Trukikaitis_Postimees, lk 21
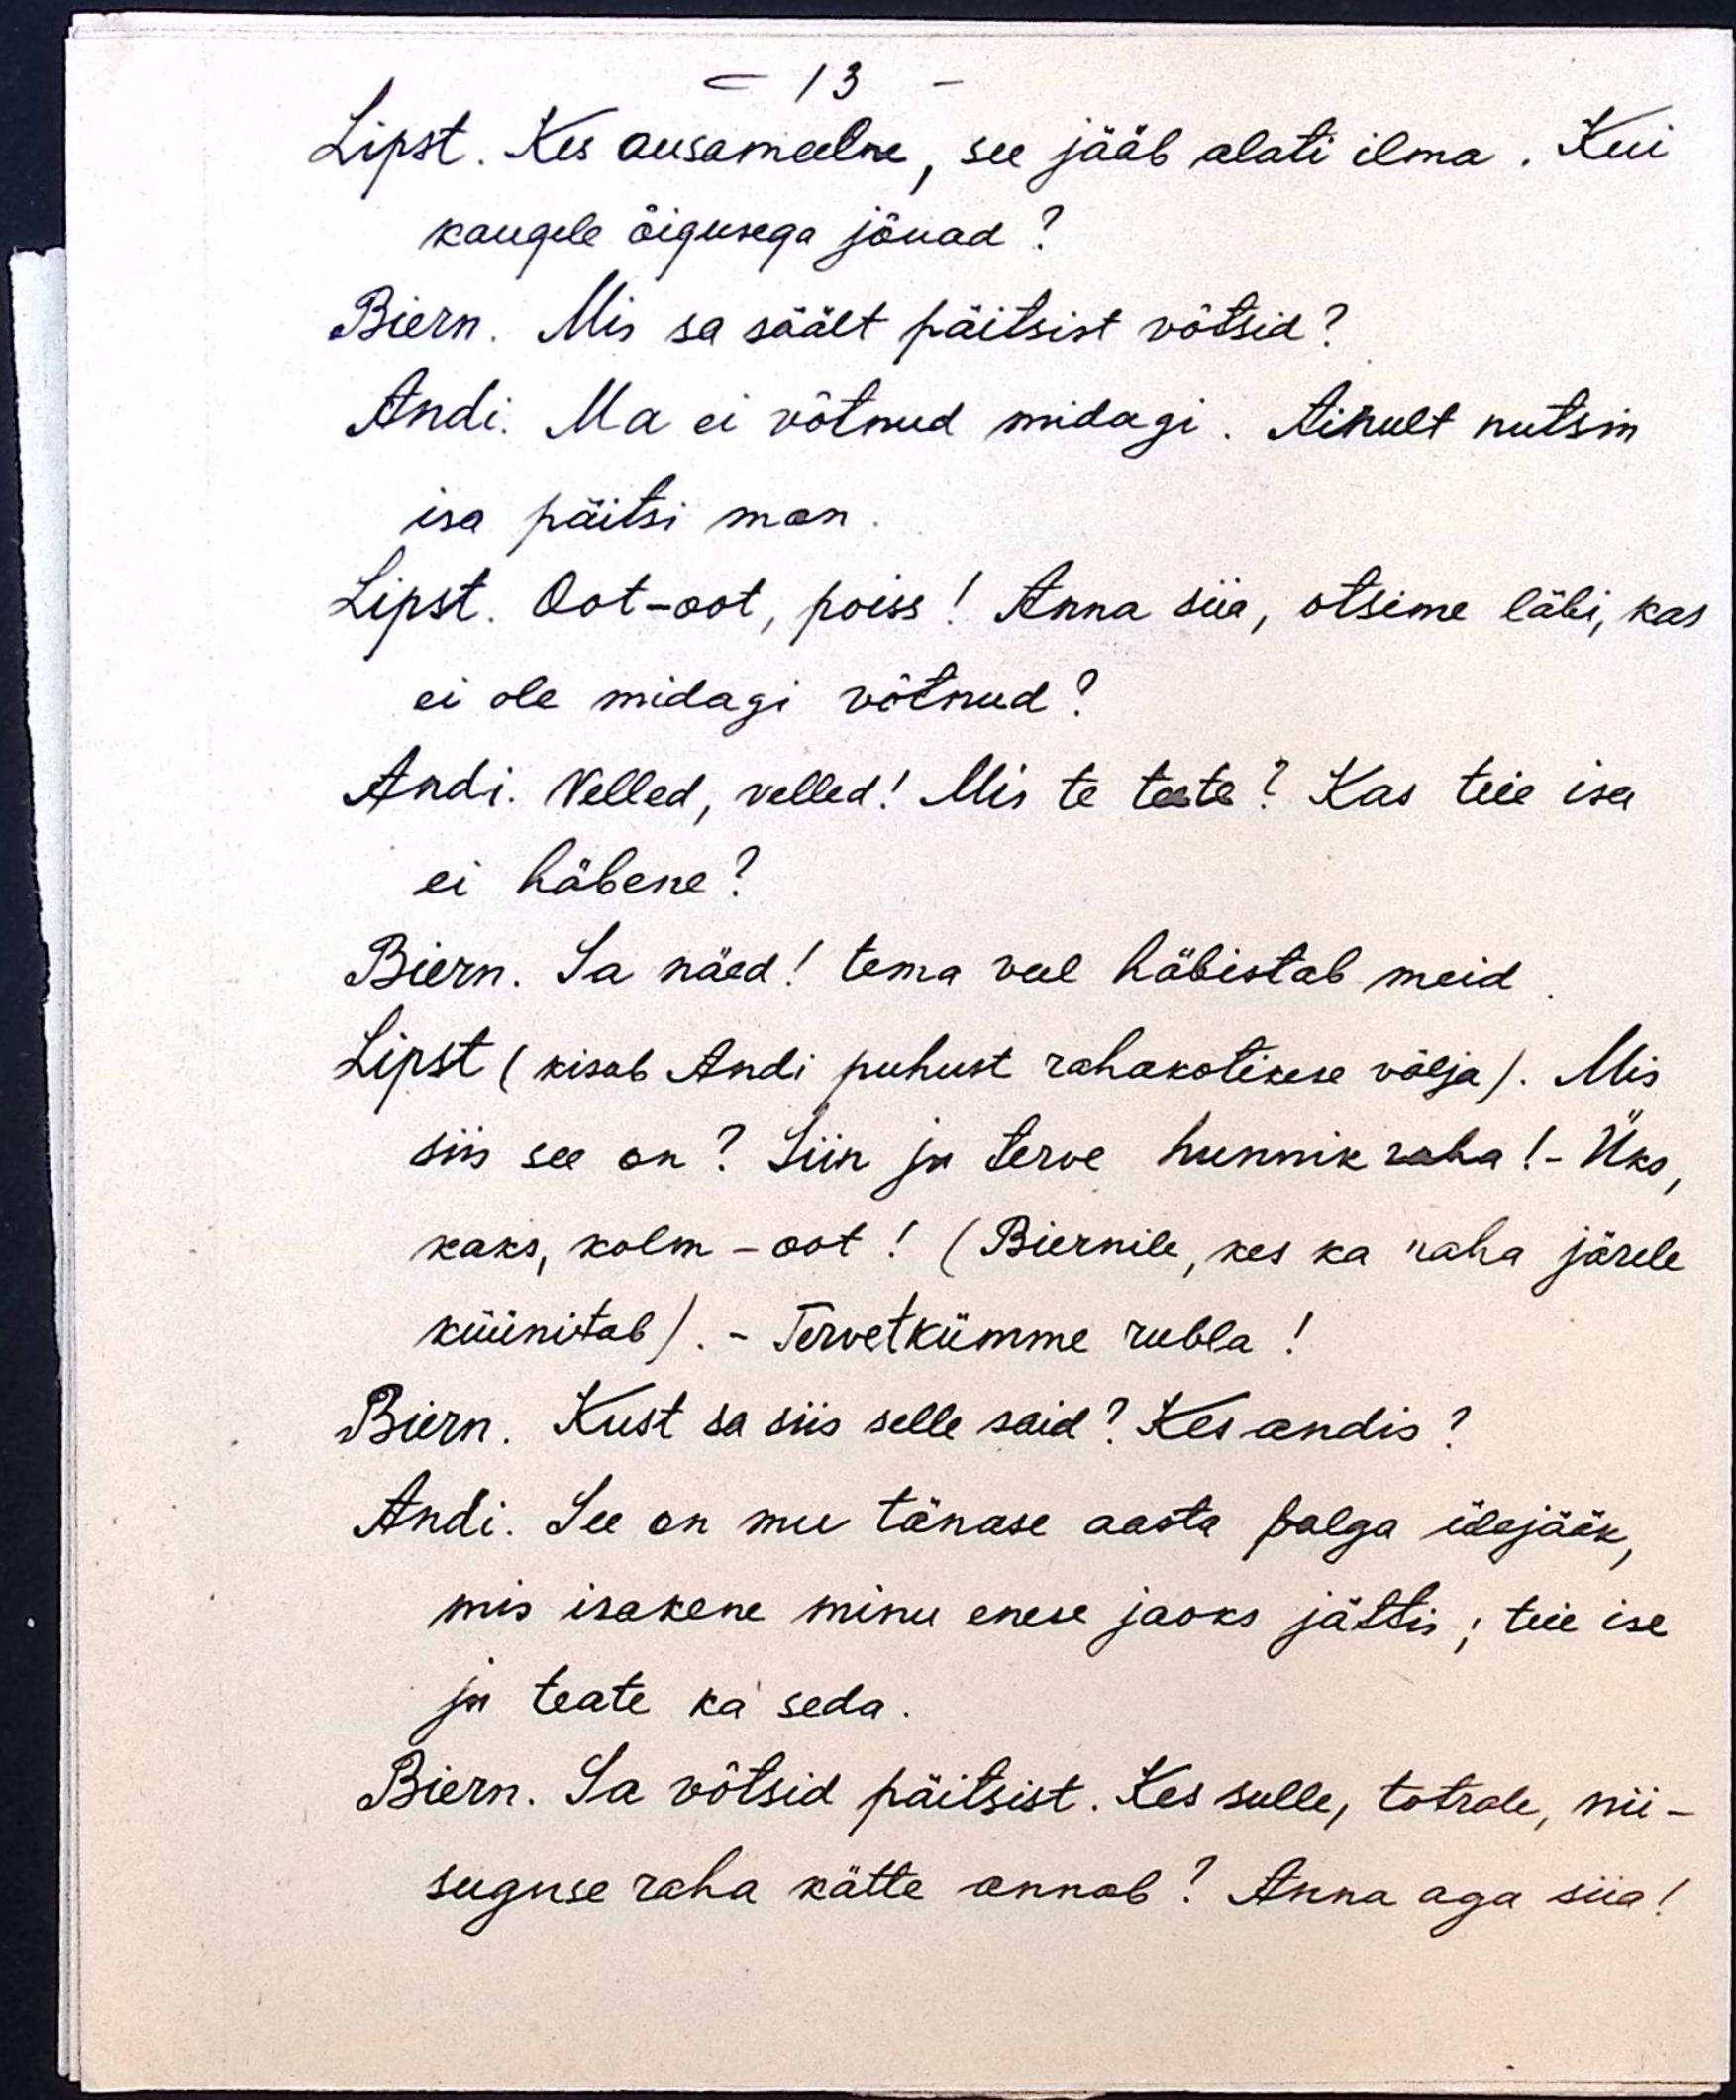
- 13 -
Lipst. Kes ausameelne, see jääb alati ilma. Kui
kaugele õigusega jõuad?
Biern. Mis sa säält päitsist võtsid?
Andi. Ma ei võtnud midagi. Ainult nutsin
isa päitsi man.
Lipst. Oot-oot, poiss! Anna siia, otsime läbi, kas
ei ole midagi võtnud?
Andi. Velled, velled! Mis te teete? Kas teie isa
ei häbene?
Biern. Sa näed! tema veel häbistab meid.
Lipst (kisub Andi puhust rahakotikese välja). Mis
siis see on? Siin ju terve hunnik raha! - Üks,
kaks, kolm - oot! (Biernile, kes ka raha järele
küünitab).- Tervetkümme rubla!
Biern. Kust sa siis selle said? Kes andis?
Andi. See on mu tänase aasta palga ülejääk,
mis isakene minu enese jaoks jättis; teie ise
ju teate ka seda.
Biern. Sa võtsid päitsist. Kes sulle, totrale, nii-
suguse raha kätte annab? Anna aga siia!